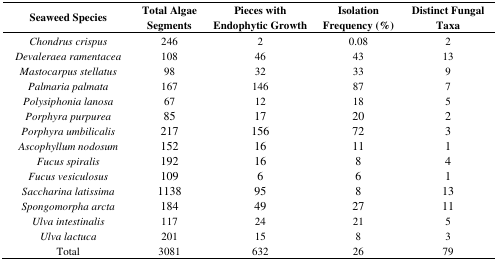
<table><thead><tr><td><b>Seaweed Species</b></td><td><b>Total Algae Segments</b></td><td><b>Pieces with Endophytic Growth</b></td><td><b>Isolation Frequency (%)</b></td><td><b>Distinct Fungal Taxa</b></td></tr></thead><tbody><tr><td><i>Chondrus crispus</i></td><td>246</td><td>2</td><td>0.08</td><td>2</td></tr><tr><td><i>Devaleraea ramentacea</i></td><td>108</td><td>46</td><td>43</td><td>13</td></tr><tr><td><i>Mastocarpus stellatus</i></td><td>98</td><td>32</td><td>33</td><td>9</td></tr><tr><td><i>Palmaria palmata</i></td><td>167</td><td>146</td><td>87</td><td>7</td></tr><tr><td><i>Polysiphonia lanosa</i></td><td>67</td><td>12</td><td>18</td><td>5</td></tr><tr><td><i>Porphyra purpurea</i></td><td>85</td><td>17</td><td>20</td><td>2</td></tr><tr><td><i>Porphyra umbilicalis</i></td><td>217</td><td>156</td><td>72</td><td>3</td></tr><tr><td><i>Ascophyllum nodosum</i></td><td>152</td><td>16</td><td>11</td><td>1</td></tr><tr><td><i>Fucus spiralis</i></td><td>192</td><td>16</td><td>8</td><td>4</td></tr><tr><td><i>Fucus vesiculosus</i></td><td>109</td><td>6</td><td>6</td><td>1</td></tr><tr><td><i>Saccharina latissima</i></td><td>1138</td><td>95</td><td>8</td><td>13</td></tr><tr><td><i>Spongomorpha arcta</i></td><td>184</td><td>49</td><td>27</td><td>11</td></tr><tr><td><i>Ulva intestinalis</i></td><td>117</td><td>24</td><td>21</td><td>5</td></tr><tr><td><i>Ulva lactuca</i></td><td>201</td><td>15</td><td>8</td><td>3</td></tr><tr><td>Total</td><td>3081</td><td>632</td><td>26</td><td>79</td></tr></tbody></table>